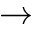
\to